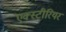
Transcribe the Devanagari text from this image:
एक्स्टीरियर